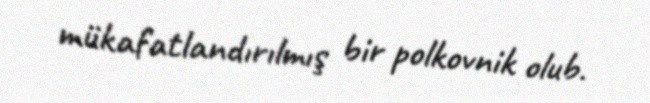
mükafatlandırılmış bir polkovnik olub.